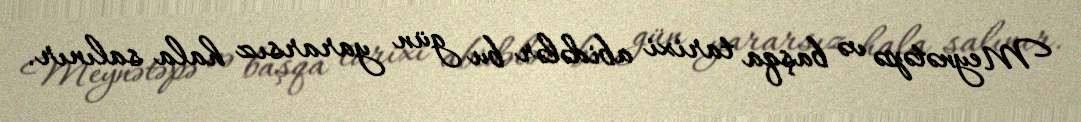
Meynətəpə və başqa tarixi abidələr bu gün yararsız hala salınır.